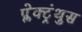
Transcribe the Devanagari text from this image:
प्लेक्ट्रंथुस